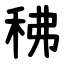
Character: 䄶